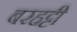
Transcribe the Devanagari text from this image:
बरहट्टी